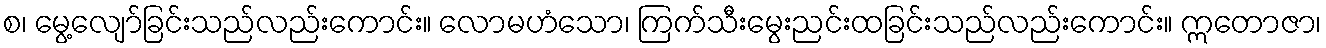
စ၊ မွေ့လျော်ခြင်းသည်လည်းကောင်း။ လောမဟံသော၊ ကြက်သီးမွေးညင်းထခြင်းသည်လည်းကောင်း။ ဣတောဇာ၊